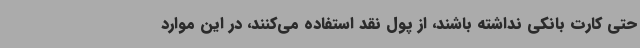
حتی کارت بانکی نداشته باشند، از پول نقد استفاده می‌کنند، در این موارد